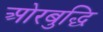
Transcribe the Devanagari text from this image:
ओरबुद्धि